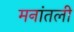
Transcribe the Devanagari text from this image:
मनांतली